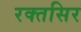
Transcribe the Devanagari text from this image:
रक्तसिर